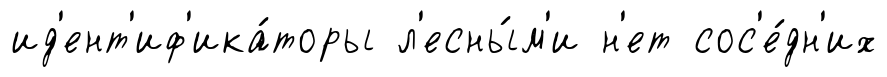
ид'ент'иф'ика́торы л'есны́м'и н'ет сос'е́дн'их